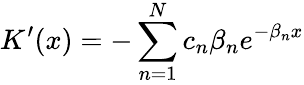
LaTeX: K^{\prime}(x)=-\sum_{n=1}^{N}c_{n}\beta_{n}e^{-\beta_{n}x}